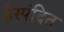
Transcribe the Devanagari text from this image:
हैंस्पंदित